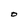
Character: O